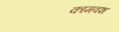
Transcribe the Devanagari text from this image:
कामवश